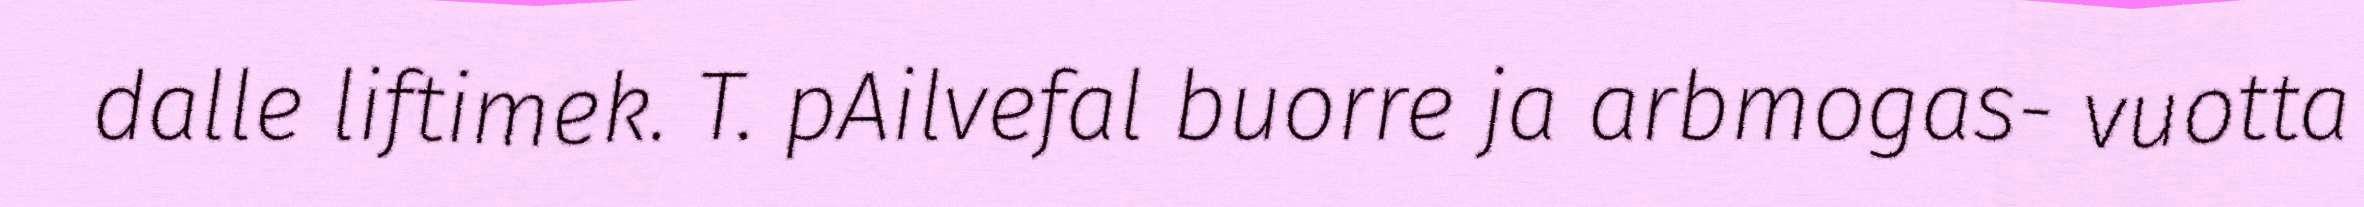
dalle liftimek. T. pAilvefal buorre ja arbmogas- vuotta